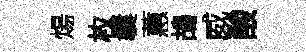
煬枚曩蕙鴣威酸